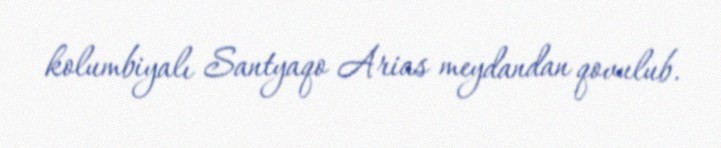
kolumbiyalı Santyaqo Arias meydandan qovulub.